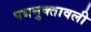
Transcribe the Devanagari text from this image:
पद्यमुक्तावली